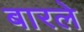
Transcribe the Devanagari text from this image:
बारले